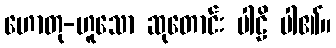
ဟောတု-ဟူသော ဆုတောင်း ပါဠိ ပါ၏။